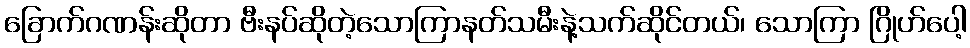
ခြောက်ဂဏန်းဆိုတာ ဗီးနပ်ဆိုတဲ့သောကြာနတ်သမီးနဲ့သက်ဆိုင်တယ်၊ သောကြာ ဂြိုဟ်ပေါ့